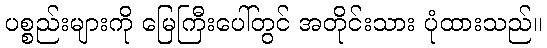
ပစ္စည်းများကို မြေကြီးပေါ်တွင် အတိုင်းသား ပုံထားသည်။